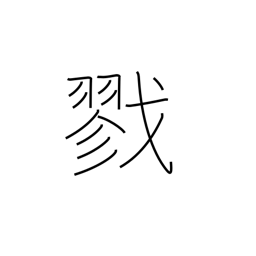
Meaning: kill